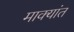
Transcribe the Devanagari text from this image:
माक्यांत